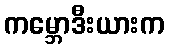
ကမ္ဘောဒီးယားက